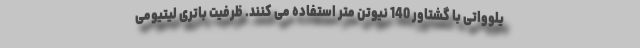
یلوواتی با گشتاور 140 نیوتن متر استفاده می کنند. ظرفیت باتری لیتیومی